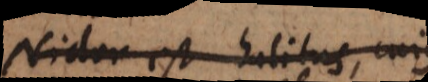
Nidor est halitus, cujus